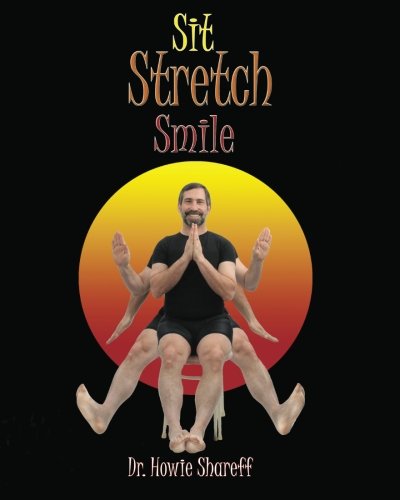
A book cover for Sit Stretch Smile; Dr. Howie Shareff; Health, Fitness & Dieting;